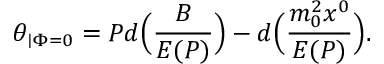
\theta _ { \mid \Phi = 0 } = P d \Bigl ( \frac { B } { E ( P ) } \Bigr ) - d \Bigl ( \frac { m _ { 0 } ^ { 2 } x ^ { 0 } } { E ( { P } ) } \Bigr ) .